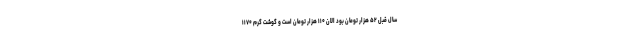
سال قبل ۵۲ هزار تومان بود الان ۱۱۰ هزار تومان است و گوشت گرم ۱۱۷۰